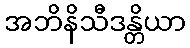
အဘိနိသီဒန္တိယာ